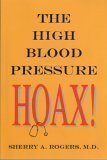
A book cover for The High Blood Pressure Hoax 1st (first) Edition by Rogers, Sherry A. published by Prestige Pubs (2008); Health, Fitness & Dieting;